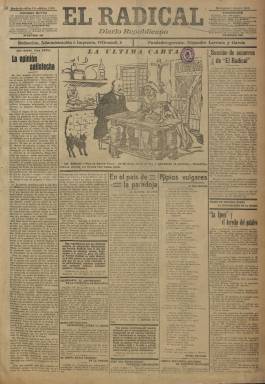
Título: El Radical (Madrid. 1910)
Colección: Periódicos
Ámbito geográfico: Madrid
Lugar de publicación: Madrid
Fechas: 01/01/1913-31/05/1916

Apareció como “diario republicano de la noche”, fundado por el populista político y periodista Alejandro Lerroux y García (1864-1949), el seis de marzo de 1910, para pasar de vespertino a matutino el once de octubre de 1912. Lerroux ya había dirigido y fundado Progreso (1899-1901) y El Intransigente (1907), entre otras publicaciones, e impulsó este nuevo diario –previamente había también fundado el semanario con el mismo título El Radical (1904-1905)– tras su regreso de un breve exilio y con 45.000 pesetas de la época, procedentes de préstamos y donaciones de los notables del Partido Republicano Radical, que anteriormente había fundado en 1908, como escisión –en 1907– de la Unión Republicana, liderada por Nicolás Salmerón (1838-1908). La cabecera El Radical será pues el órgano de prensa nacional de Leorroux.

Fue un diario, además de republicano y anticlerical, situado en la “extrema izquierda”, teniendo como límite el denominado “socialismo anarquista”, según expresó en su primer número. Al frente del mismo y como director se puso el también periodista republicano Ricardo Fuente y Asensio (1866-1925), que ya había dirigido en los años anteriores el diario El País (1887-1921) y será fundador y primer director de la Hemeroteca Municipal de Madrid.

Empezó siendo un periódico típico de cuatro páginas y a seis columnas, con una redacción de periodistas de primer orden, entre los que se encontraron el exredactor de El Imparcial (1867-1933) Luis Bello Trompeta, Ignacio Santillán, Segismundo Pey Ordéix, Álvaro Calzado, Julián Moyrón, Eduardo Barriobero y Hernán, Javier Bueno o Hipólito González Rodríguez de la Peña, entre otros. Y como colaboradores contará con Nicolás Estévanez, José Nakens, Cristóbal de Castro, Joaquín Dicenta, Pedro de Répide, Álvaro de Albornoz, Julián Besteiro o el médico Rafael Salillas.

Muchos intelectuales descontentos se sintieron atraídos por el Partido Radical de Lerroux, entre ellos el propio José Ortega y Gasset, que buscó ocasionalmente refugio en sus páginas para publicar lo que, a su propio entender, no podía hacer en su “casa solariega”, es decir en El Imparcial, propiedad de su familia. Y Pío Baroja, en una breve etapa como militante radical, publicará ya desde el primer número César o nada, como folletín del diario lerrouxista.

El partido liderado por Lerroux había obtenido su primer triunfo en Barcelona en las municipales de mayo de 1909 y se integró en la Conjunción Republicana Socialista por la que Galdós ocupó la cabeza de lista en las elecciones generales de mayo de 1910, que llevaron también por vez primera al parlamento al socialista Pablo Iglesias. Pero las acusaciones de corrupción contra sus partidarios en el Ayuntamiento de Barcelona, a finales de 1910, que provocará la expulsión del Partido Radical de la Conjunción Republicana Socialista en enero de 1911, ocasionarían también la desilusión hacia el lerrouxismo de muchas de las figuras que en un principio creyeron en él.

La colección de este título en la Biblioteca Nacional de España comprende desde el uno de enero de 1913, cuando en su cabecera se indica que Lerroux era su fundador-gerente, y su número de páginas serán entre seis y cuatro, compuestas a cinco columnas, y el 31 de mayo de 1916, aunque seguirá publicándose hasta el 15 de julio de ese año. En 1916 redujo su formato y durante toda su existencia tuvo dificultades financieras para su mantenimiento. Insertará fotograbados, con fotografías de actualidad, así como caricaturas y chistes gráficos, y durante la primera gran guerra europea propugnará la intervención militar de España junto a las potencias aliadas.

El diario de Lerroux mantuvo así mismo enconadas polémicas, no solo con el más representativo diario republicano madrileño –El País (1887-1921)–, situado en el centrismo y en el que el propio líder del Partido Radical había sido redactor y dirigido en 1899, sino especialmente con España nueva (1906-1921), la publicación dirigida por Rodrigo Soriano Barroetea-Aldamar (1868-1944), de Unión Republicana, por enemistad personal y política manifiesta entre ambos políticos y periodistas.